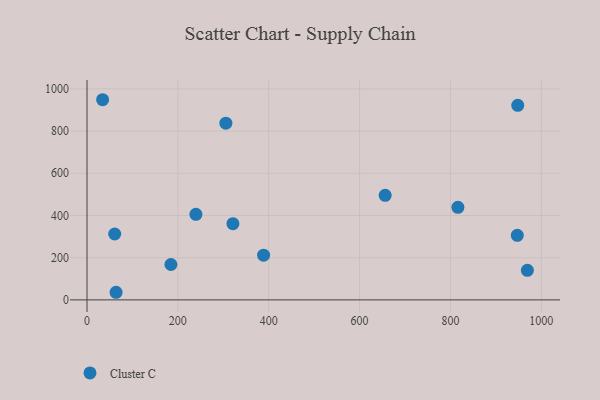
{"axis": {"x": "Study Hours", "y": "Yield"}, "legend": ["Cluster C"], "data": [{"x": "969.3", "y": 139.9, "type": "Cluster C"}, {"x": "388.7", "y": 211.8, "type": "Cluster C"}, {"x": "305.7", "y": 837.4, "type": "Cluster C"}, {"x": "816.4", "y": 438.6, "type": "Cluster C"}, {"x": "948.1", "y": 921.9, "type": "Cluster C"}, {"x": "34.4", "y": 948.4, "type": "Cluster C"}, {"x": "947.1", "y": 305.7, "type": "Cluster C"}, {"x": "64.0", "y": 36.1, "type": "Cluster C"}, {"x": "321.2", "y": 360.9, "type": "Cluster C"}, {"x": "656.3", "y": 495.4, "type": "Cluster C"}, {"x": "61.0", "y": 312.1, "type": "Cluster C"}, {"x": "184.7", "y": 167.6, "type": "Cluster C"}, {"x": "239.7", "y": 405.4, "type": "Cluster C"}]}